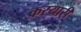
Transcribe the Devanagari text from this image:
करयारी